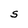
Character: S